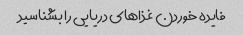
فایده خوردن غذاهای دریایی را بشناسید